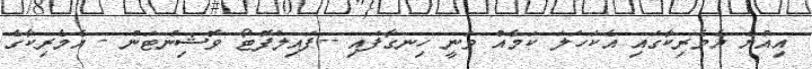
އިއްޔެ އެމެރިކާގައި އެކަހަލަ ކަމެއް ވަނީ ހިނގާފައި --ފައިލްފޮޓޯ ވޮޝިންޓަން - އެމެރިކާގެ